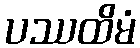
ပဿထိမံ